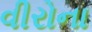
વીરોના